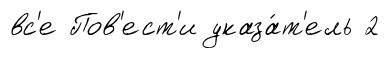
вс'е Пов'ест'и указа́т'ель 2